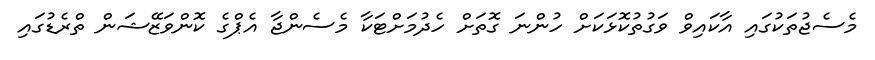
މެސެޖުތަކުގައި އާކައިވް ވަގުތުކޮޅަކަށް ހުންނަ ގޮތަށް ހެދުމަށްޓަކާ މެސެންޖާ އެޕްގެ ކޮންވަޒޭޝަން ތްރެޑުގައި